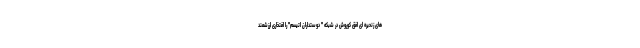
های زنحیره ای افق کوروش در شبکه " دوستداران اتیسم" را افتخاری ارزشمند